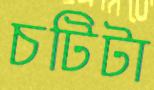
চটিটা